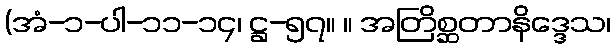
(အံ-၁-ပါ-၁၁-၁၄၊ ဋ္ဌ-၅၇။ ။ အတြိစ္ဆတာနိဒ္ဒေသ၊